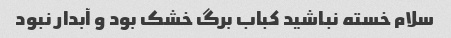
سلام خسته نباشید کباب برگ خشک بود و آبدار نبود